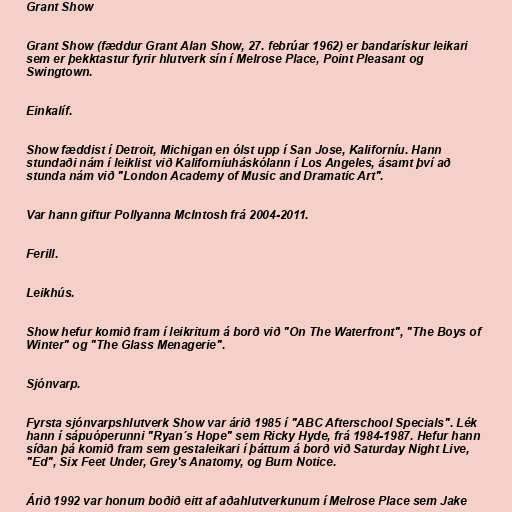
Grant Show

Grant Show (fæddur Grant Alan Show, 27. febrúar 1962) er bandarískur leikari
sem er þekktastur fyrir hlutverk sín í Melrose Place, Point Pleasant og
Swingtown.

Einkalíf.

Show fæddist í Detroit, Michigan en ólst upp í San Jose, Kaliforníu. Hann
stundaði nám í leiklist við Kaliforníuháskólann í Los Angeles, ásamt því að
stunda nám við "London Academy of Music and Dramatic Art".

Var hann giftur Pollyanna McIntosh frá 2004-2011.

Ferill.

Leikhús.

Show hefur komið fram í leikritum á borð við "On The Waterfront", "The Boys of
Winter" og "The Glass Menagerie".

Sjónvarp.

Fyrsta sjónvarpshlutverk Show var árið 1985 í "ABC Afterschool Specials". Lék
hann í sápuóperunni "Ryan´s Hope" sem Ricky Hyde, frá 1984-1987. Hefur hann
síðan þá komið fram sem gestaleikari í þáttum á borð við Saturday Night Live,
"Ed", Six Feet Under, Grey's Anatomy, og Burn Notice.

Árið 1992 var honum boðið eitt af aðahlutverkunum í Melrose Place sem Jake